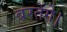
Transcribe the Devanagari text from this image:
बरतेंगे।